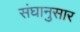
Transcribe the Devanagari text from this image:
संघानुसार